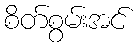
စိတ်စွမ်းအင်